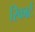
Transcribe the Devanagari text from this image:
रिकार्ट